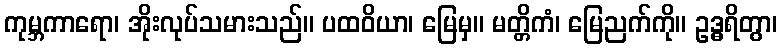
ကုမ္ဘကာရော၊ အိုးလုပ်သမားသည်။ ပထဝိယာ၊ မြေမှ။ မတ္တိကံ၊ မြေညက်ကို။ ဥဒ္ဓရိတွာ၊